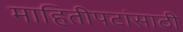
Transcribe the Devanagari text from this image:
माहितीपटांसाठी